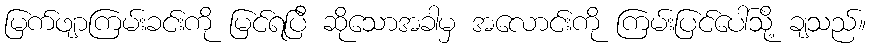
မြက်ဖျာကြမ်းခင်းကို မြင်ရပြီ ဆိုသောအခါမှ အလောင်းကို ကြမ်းပြင်ပေါ်သို့ ချသည်။